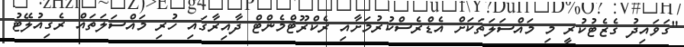
"ގަވައިދު ގެޒެޓުކުރީ މި މައްސަލަތަކަށް އެޑްރެސްކުރުމަށާއި ރެކްރޫޓްމެންޓް ދާއިރާގައި ހުރި މައްސަލަތައް ރެގިއުލޭޓު